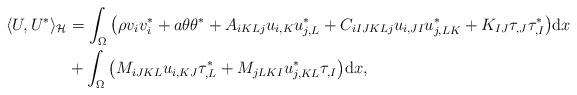
LaTeX: \begin{align*}\langle U, U^{\ast} \rangle_{\mathcal{H}} &= \int_{\Omega} \big(\rho v_{i} v_{i}^* +a \theta \theta^* + A_{iKLj} u_{i,K} u^*_{j,L} + C_{iIJKLj} u_{i,JI}u^*_{j,LK} + K_{IJ} \tau_{,J} \tau^*_{,I} \big) \mathrm{d}x \\&+ \int_{\Omega} \big(M_{iJKL} u_{i,KJ} \tau^*_{,L} + M_{jLKI}u^*_{j,KL} \tau_{,I} \big) \mathrm{d}x, \end{align*}